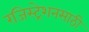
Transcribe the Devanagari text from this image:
रजिस्ट्रेशनसाठी